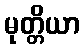
မုတ္တိယာ